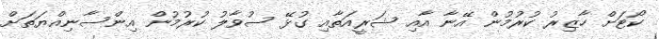
ކޯޓަށް ހާޒިރު ކުރުމުން އޭނާ އާއި ޝަރީއަތާއި ގުޅޭ ސުވާލު ކުރުމުން އިންސާނިއްޔަތަށް